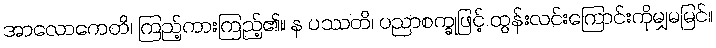
အာလောကေတိ၊ ကြည့်ကားကြည့်၏။ န ပဿတိ၊ ပညာစက္ခုဖြင့် ထွန်းလင်းကြောင်းကိုမျှမမြင်။